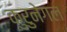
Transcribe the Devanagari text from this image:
कुरुनेगल